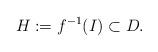
LaTeX: \begin{align*}H:=f^{-1}(I)\subset D.\end{align*}